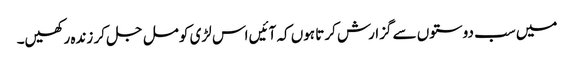
میں سب دوستوں سے گزارش کرتا ہوں کہ آئیں اس لڑی کو مل جل کر زندہ رکھیں۔